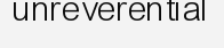
unreverential